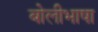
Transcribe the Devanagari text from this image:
बाेलीभाषा